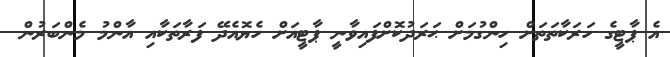
އެ ޕާޓީގެ ހަރަކާތަތަށް ހިންގުމަށް ޙަރަދުކޮށްފައިވާނީ ޕާޓީއަށް ހެޔޮއެދޭ ފަރާތަކާއި އާންމު މެންބަރުން